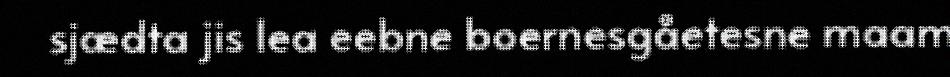
sjædta jis lea eebne boernesgåetesne maam